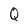
Character: Q